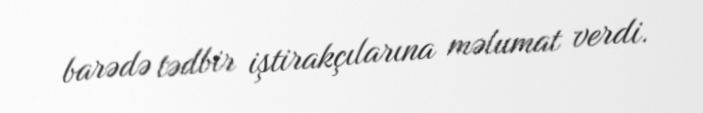
barədə tədbir iştirakçılarına məlumat verdi.